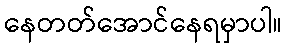
နေတတ်အောင်နေရမှာပါ။